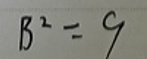
\[
B^{2}=9
\]